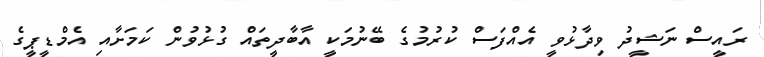
ރައީސް ނަޝީދު ވިދާޅުވީ އެއްފަސް ކުރުމުގެ ބޭނުމަކީ އާބާދީތައް ގުޅުވުން ކަމަށާއި އެމްޑީޕީގެ